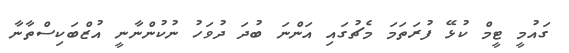
ގައުމީ ޓީމް ކުޅޭ ފުރަތަމަ މެޗުގައި އަންނަ ބުދަ ދުވަހު ނުކުންނާނީ އުޒްބަކިސްތާނާ